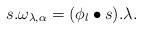
LaTeX: \begin{align*}s.\omega_{\lambda,\alpha}=(\phi_l\bullet s).\lambda.\end{align*}